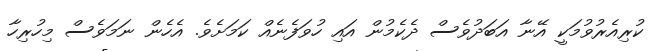
ކުރިއެރުވުމަކީ އޭނާ އަބަދުވެސް ދެކެމުން އައި ހުވަފެނެއް ކަމަށެވެ. އެހެން ނަމަވެސް މިހުރިހާ